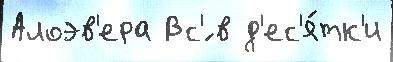
Алоэв'ера Вс'́ в д'ес'я́тк'и